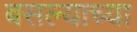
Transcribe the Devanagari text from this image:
बसल्याच्या